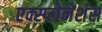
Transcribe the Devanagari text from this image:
एक्स्प्लेनेशंस